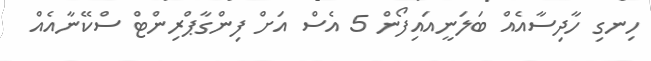
ހިނގި ހާދިސާއެއް ބަލަނީއައިފޯން 5 އެސް އަށް ފިންގާޕްރިންޓް ސްކޭނާއެއް